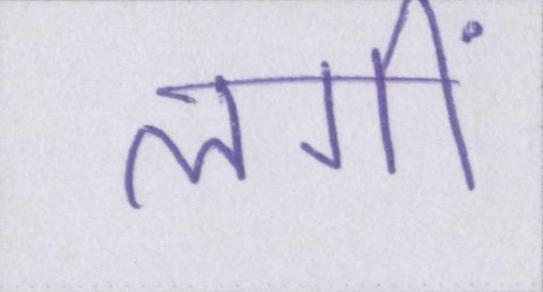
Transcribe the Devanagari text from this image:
लगीं